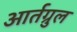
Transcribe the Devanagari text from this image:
आर्तग्रुल